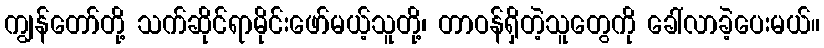
ကျွန်တော်တို့ သက်ဆိုင်ရာမိုင်းဖော်မယ့်သူတို့၊ တာဝန်ရှိတဲ့သူတွေကို ခေါ်လာခဲ့ပေးမယ်။